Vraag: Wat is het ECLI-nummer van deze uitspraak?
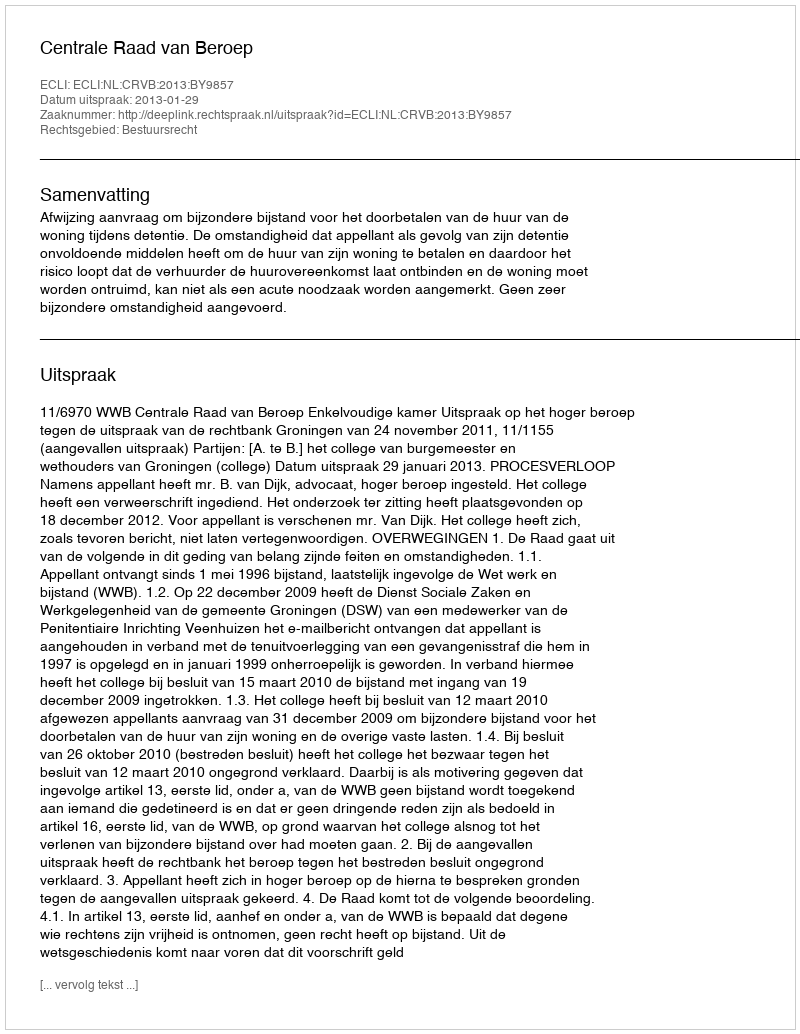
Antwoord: ECLI:NL:CRVB:2013:BY9857